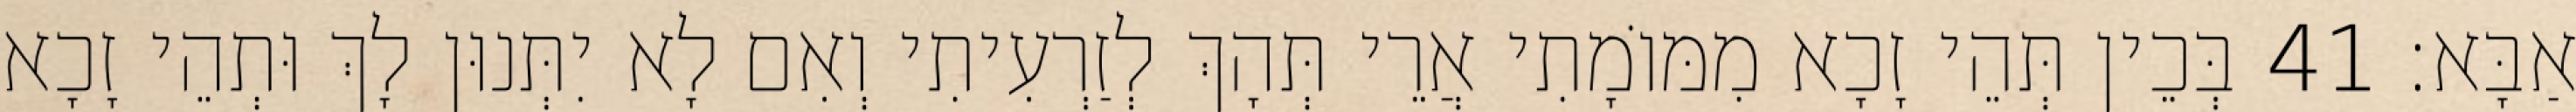
אַבָּא׃ 41 בְּכֵין תְּהֵי זָכָא מִמּוֹמָתִי אֲרֵי תְּהָךְ לְזַרְעִיתִי וְאִם לָא יִתְּנוּן לָךְ וּתְהֵי זָכָא